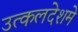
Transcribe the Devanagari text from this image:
उत्कलदेशमे